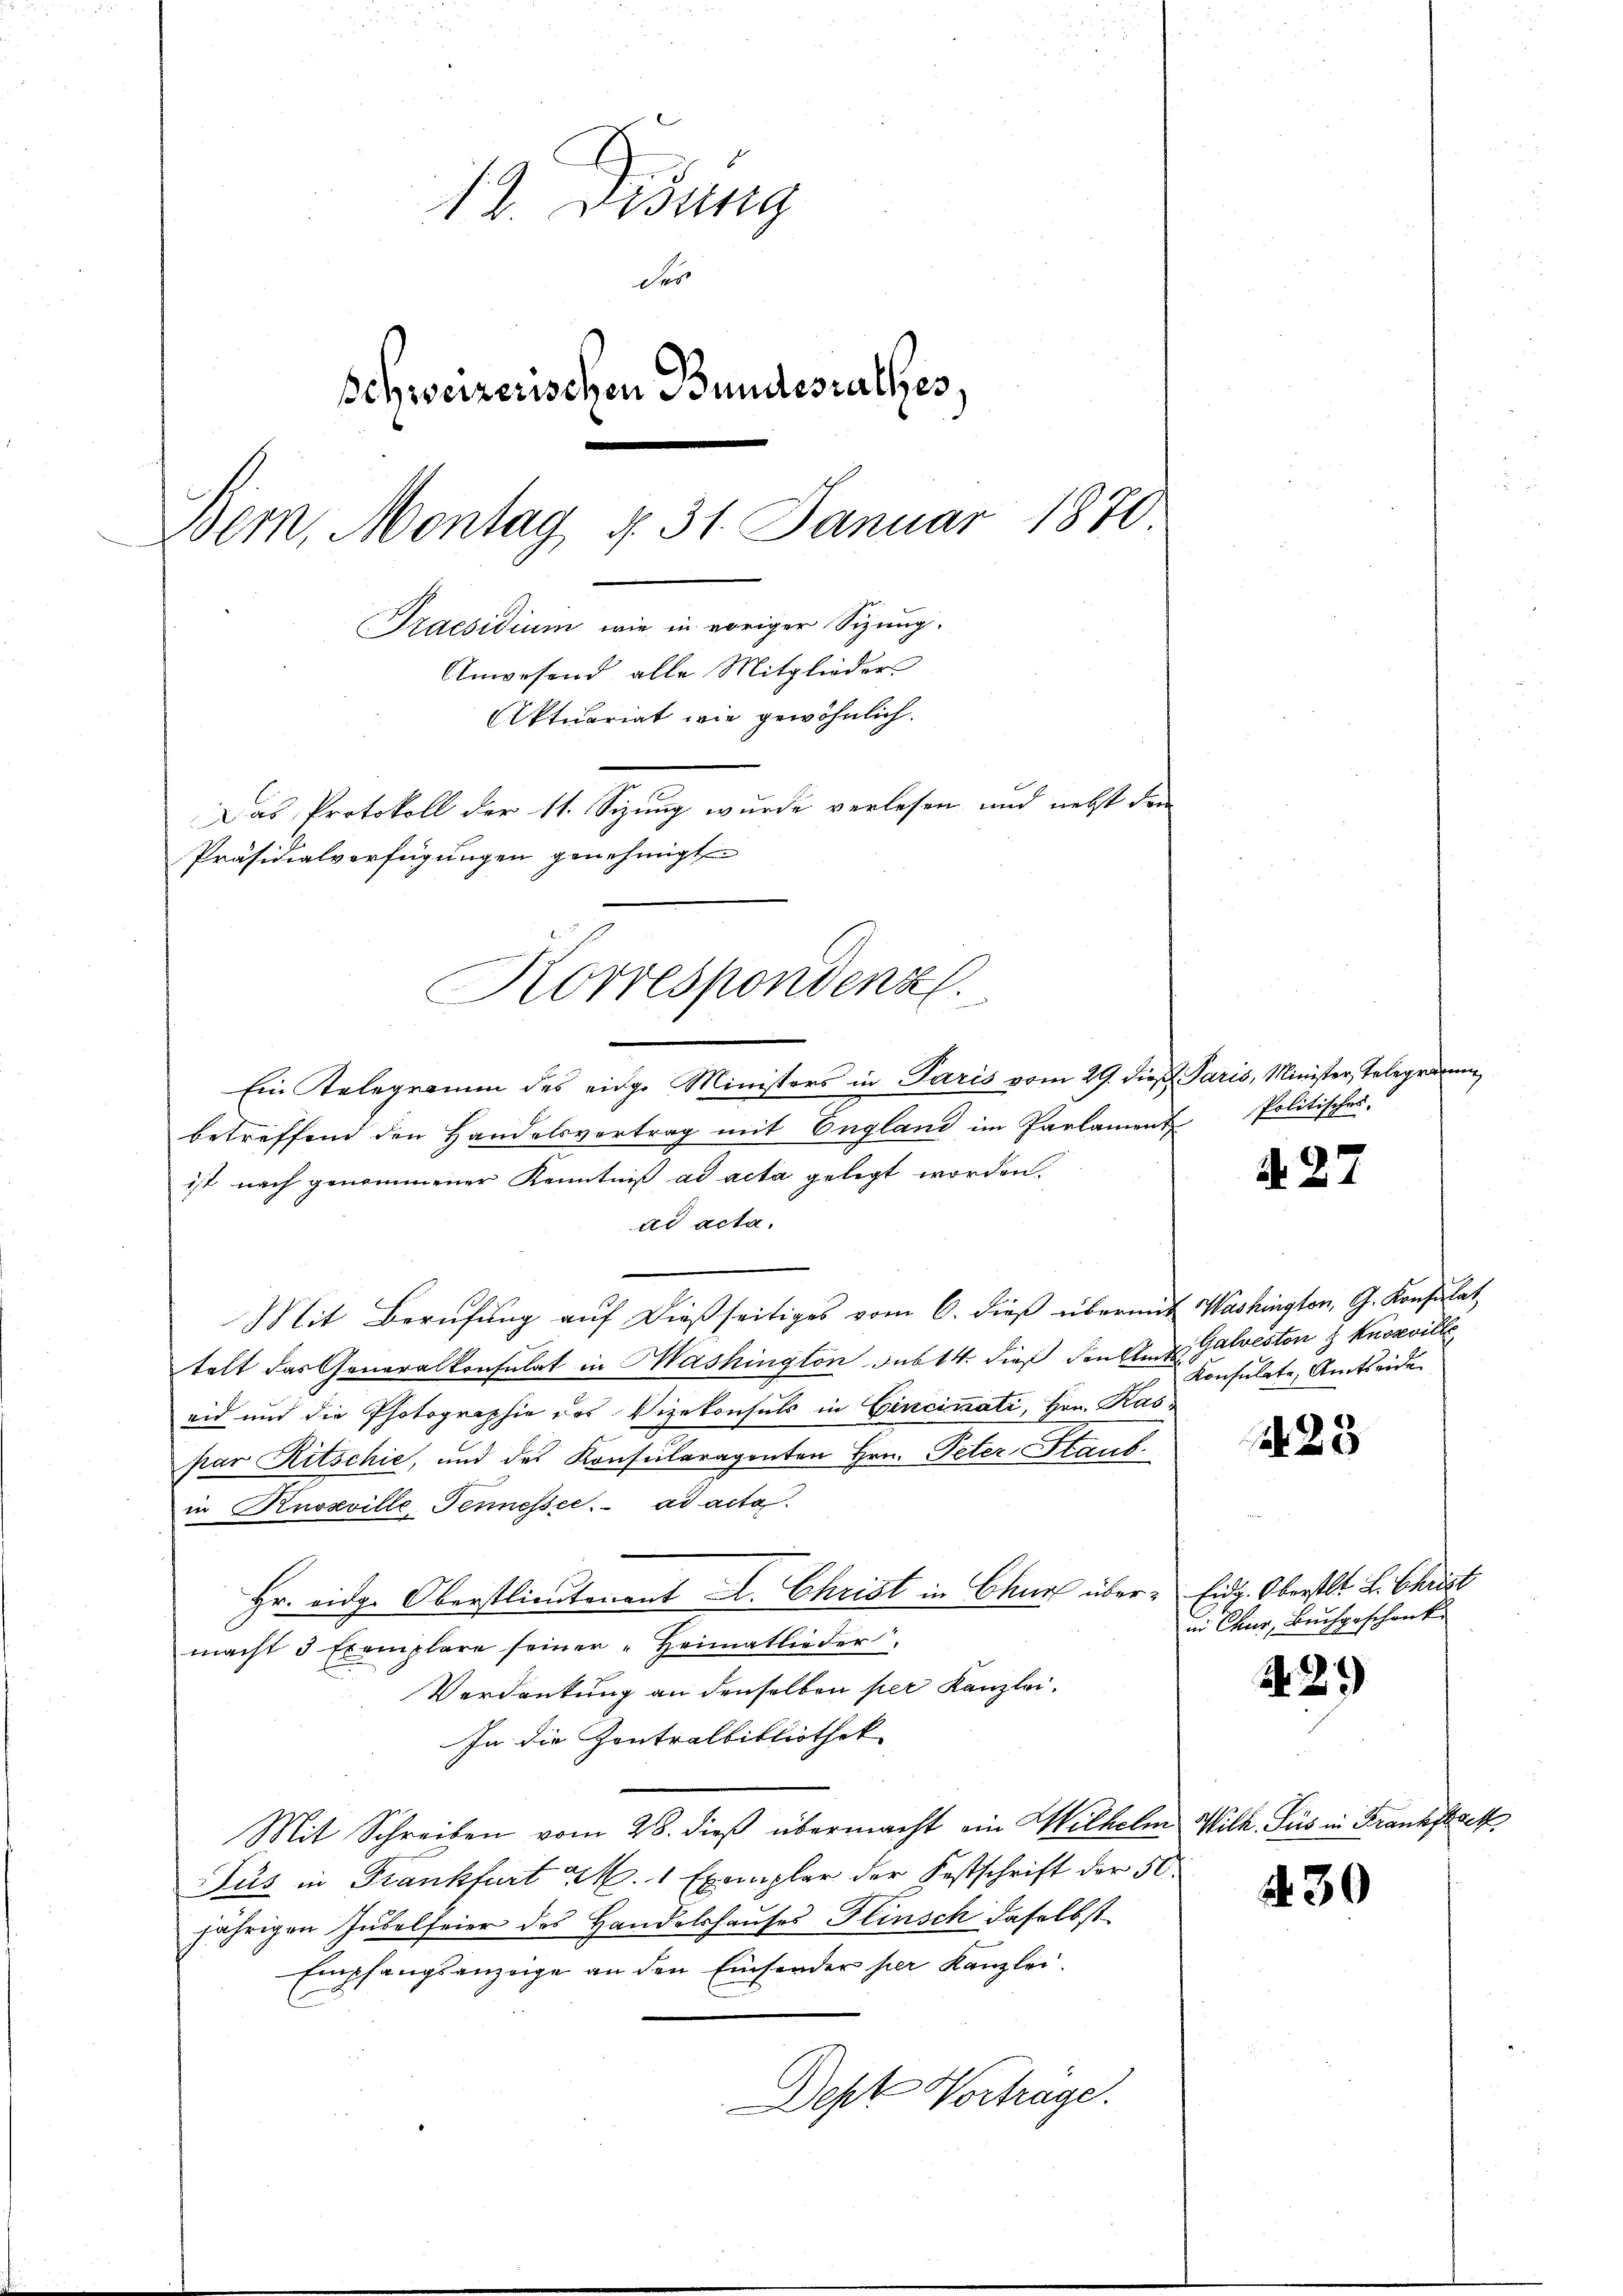
12. Disung
des
Schweizerischen Bundesrathes.
Bern, Montag d. 31. Januar 1870
Praesidium wie in voriger Sizung.
Anwesend alle Mitglieder
Aktuariat wie gewöhnlich.
Das Protokoll der 11. Sizung wurde verlesen und nebst den
Präsidialverfügungen genehmigt

Ein Relegramm des eidge Ministers in Paris vom 29. dieß Paris, Minister, Telegramm
betreffend den Handelsvortrag mit England im Parlament
ist nach genommener Kenntniß ad acta gelegt worden.
ad acta.
Mit Berufung auf dießseitiges vom 6. dieß übermit Washington, G. Konsulat
telt das Generalkonsulat in Mashington des 14. dieß den Ant. Galvesten z Knosville
eid und die Photographie des Vizekonsuls in Cincinati, Hrn. Kaspar Ritschie, und des Konsularagenten Hrn. Peter Staub
in Knosville Tennessec. ad acta.
Hr. eidg. Oberstlieutenant A. Christ in Chur über Eidg. Oberstl. L. Christ
macht 3 Exemplare seiner "Heimatlieder
Verdankung an denselben per Kanzlei.
In die Contralbibliothek
Mit Schreiben vom 28. dieß übermacht ein Wilhelm Wilh. Sus in Franksack
Fus in Frankfurt M. 1 Exemplar der Festschrift der 50
jährigen Jubelfeier des Handelshauses Flinsch daselbst
Empfangsanzeige an den Einsender her Kanzlei.
Deht Vortrage.

e
Korrespondenz.

Politisches.

d. 27.

Konsulate, Amtseide

25

in Chur, Buchgeschenk

A.27)

30